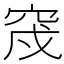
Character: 𥥰